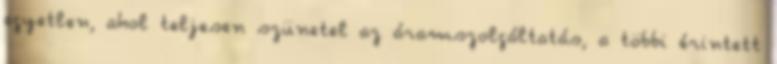
egyetlen, ahol teljesen szünetel az áramszolgáltatás, a többi érintett